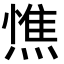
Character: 𭵼